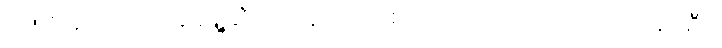
ဂိုဏ်းတူ တူလေးချန်ရှို့ဆီက နောက်တစ်ကောင်လောက် တောင်းခဲ့ပါဦး။